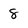
Character: 8